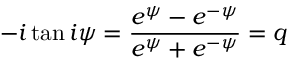
- i \tan i \psi = { \frac { e ^ { \psi } - e ^ { - \psi } } { e ^ { \psi } + e ^ { - \psi } } } = q